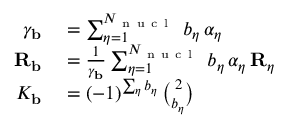
\begin{array} { r l } { \gamma _ { \mathbf { b } } } & { { } = \sum _ { \eta = 1 } ^ { N _ { \mathrm { ~ n ~ u ~ c ~ l ~ } } } \, b _ { \eta } \, \alpha _ { \eta } } \\ { { \mathbf { R } _ { \mathbf { b } } } } & { { } = \frac { 1 } { \gamma _ { \mathbf { b } } } \sum _ { \eta = 1 } ^ { N _ { \mathrm { ~ n ~ u ~ c ~ l ~ } } } \, b _ { \eta } \, \alpha _ { \eta } \, { \mathbf { R } _ { \eta } } } \\ { K _ { \mathbf { b } } } & { { } = ( - 1 ) ^ { \sum _ { \eta } b _ { \eta } } \, { \binom { 2 } { b _ { \eta } } } } \end{array}